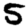
Digit: 5